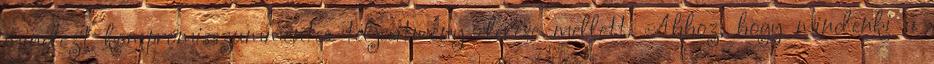
mindezt kompromisszummentes teljesítmény elérése mellett. Ahhoz, hogy mindenki a